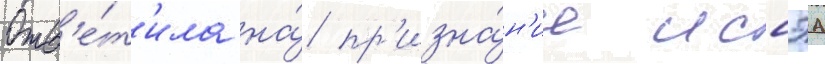
Отв'е́т'ила на́ пр'изна́н'ие иссэа